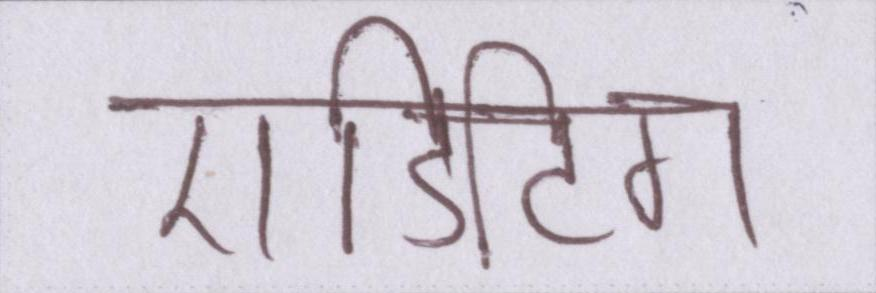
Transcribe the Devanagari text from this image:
एडिटिंग